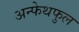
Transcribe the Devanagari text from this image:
अन्फेथफुल